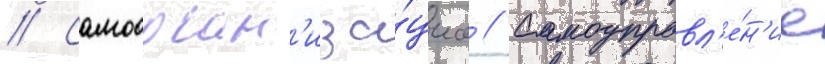
// Самоорган'иза́циа // Самоуправл'е́н'ие